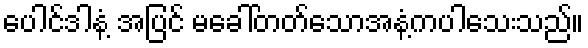
ပေါင်ဒါနံ့ အပြင် မခေါ်တတ်သောအနံ့ကပါသေးသည်။